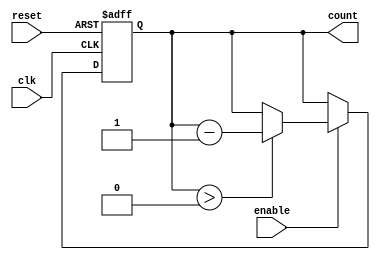
module down_counter #(
    parameter N = 4 // Parameter for the width of the counter (N bits)
) (
    input wire clk,        // Clock signal
    input wire reset,      // Asynchronous reset signal
    input wire enable,     // Enable signal for counting down
    output reg [N-1:0] count // Current value of the counter
);

    // Maximum value for the counter, which is 2^N - 1
    localparam MAX_COUNT = (1 << N) - 1;

    // Asynchronous reset and synchronous counting
    always @(posedge clk or posedge reset) begin
        if (reset) begin
            count <= MAX_COUNT; // Reset counter to maximum value
        end else if (enable) begin
            if (count > 0) begin
                count <= count - 1; // Decrement counter if greater than 0
            end
            // If count is 0, it remains 0
        end
    end

    // Initialize count to zero on power-up
    initial begin
        count = MAX_COUNT; // Set initial value to maximum
    end

endmodule